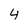
Character: 4